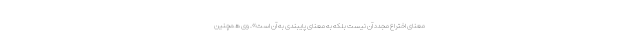
معنای اختراع مجدد آن نیست بلکه به معنای پایبندی به آن است». وی همچنین